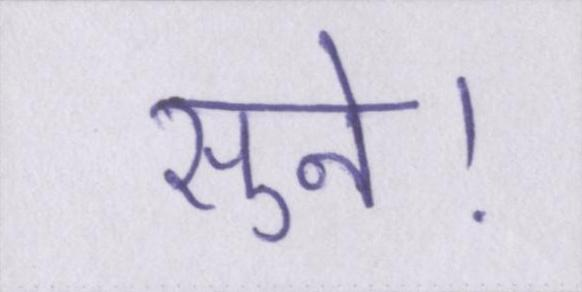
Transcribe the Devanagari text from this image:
सुने।